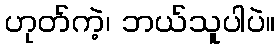
ဟုတ်ကဲ့၊ ဘယ်သူပါပဲ။